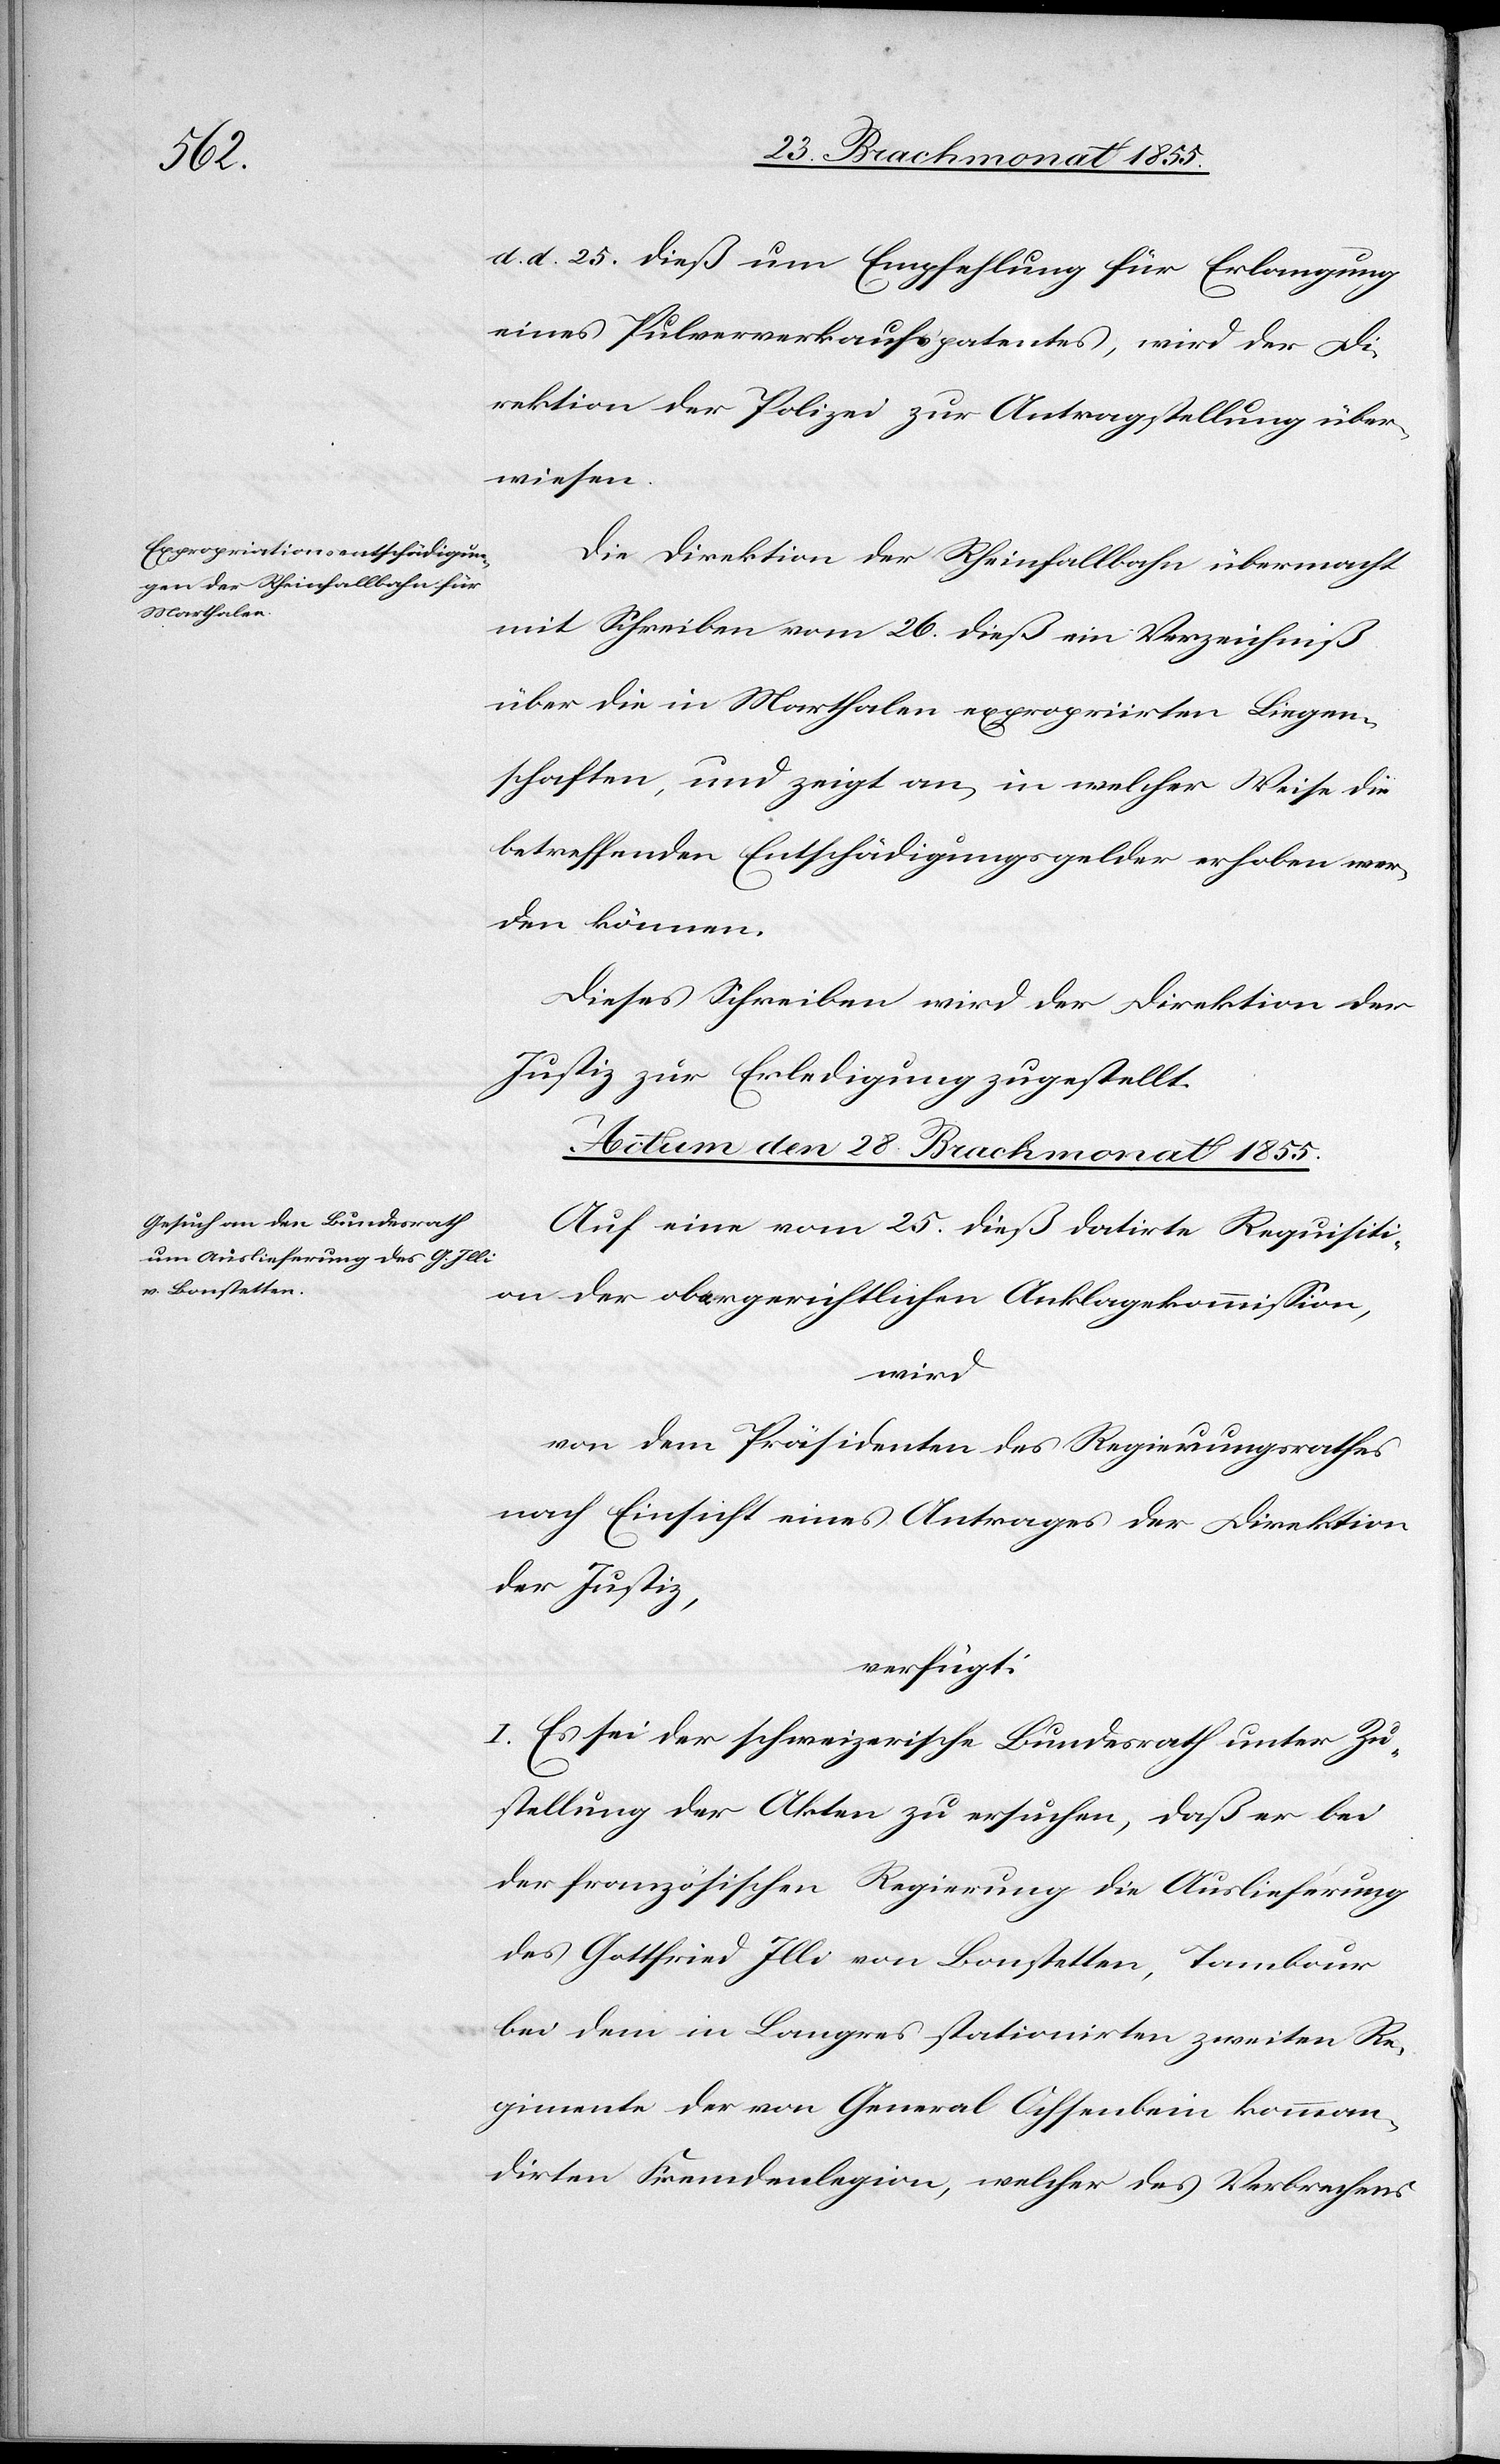
d. d. 25. dieß um Empfehlung für Erlangung
eines Pulververkaufspatentes, wird der Di¬
rektion der Polizei zur Antragstellung über¬
wiesen.
Die Direktion der Rheinfallbahn übermacht
mit Schreiben vom 26. dieß ein Verzeichniß
über die in Marthalen expropriirten Liegen¬
schaften, und zeigt an, in welcher Weise die
betreffenden Entschädigungsgelder erhoben wer¬
den können.
Dieses Schreiben wird der Direktion der
Justiz zur Erledigung zugestellt.
Actum den 28 Brachmonat 1855.
Auf eine vom 25. dieß datirte Requisiti¬
on der obergerichtlichen Anklagekommission,
wird
von dem Präsidenten des Regierungsrathes
nach Einsicht eines Antrages der Direktion
der Justiz,
verfügt:
I. Es sei der schweizerische Bundesrath unter Zu¬
stellung der Akten zu ersuchen, daß er bei
der französischen Regierung die Auslieferung
des Gottfried Illi von Bonstetten, Tambour
bei dem in Langres stationirten zweiten Re¬
gimente der von General Ochsenbein komman¬
dirten Fremdenlegion, welcher des Verbrechens